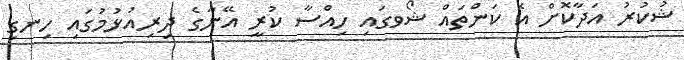
ޝުކުރު އަދާކޮށް އެ ކަންތައް ޝޯވގައި ހިއްސާ ކުރީ އޭނާގެ ދިރިއުޅުމުގައި ހިނގި